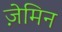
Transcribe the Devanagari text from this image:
ज़ेमिन